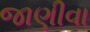
જાણીવા